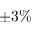
\pm 3 \%